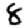
Digit: 8